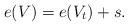
LaTeX: \begin{align*}e( V ) = e( V_{t} ) + s.\end{align*}